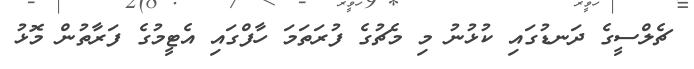
ޗެލްސީގެ ދަނޑުގައި ކުޅުނު މި މެޗުގެ ފުރަތަމަ ހާފްގައި އެޓީމުގެ ފަރާތުން މޮޅު